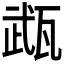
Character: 𤭎